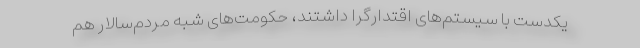
یکدست با سیستم‌های اقتدارگرا داشتند، حکومت‌های شبه مردم‌سالار هم